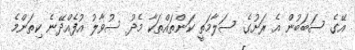
އޭގެ ސަބަބުން އެ ރަށުގެ ސަލާމަތީ ކަންތައްތަކާ މެދު ސުވާލު އުފެއްދޭނެ ކިތަންމެ